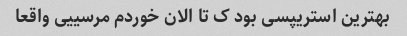
بهترین استریپسی بود ک تا الان خوردم مرسییی واقعا